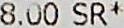
8.00 SR*